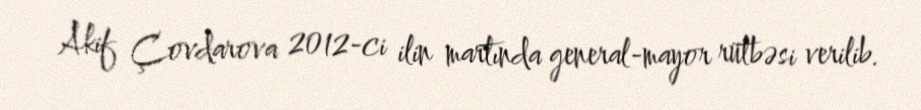
Akif Çovdarova 2012-ci ilin martında general-mayor rütbəsi verilib.